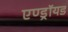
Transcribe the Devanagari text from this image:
एण्ड्रॉयड